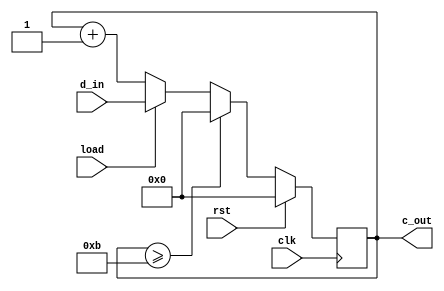
`timescale 1ns / 1ps
//////////////////////////////////////////////////////////////////////////////////
// Company: 
// Engineer: 
// 
// Design Name: 
// Module Name: mod_12
// Project Name: 
// Target Devices: 
// Tool Versions: 
// Description: 
// 
// Dependencies: 
// 
// Revision:
// Revision 0.01 - File Created
// Additional Comments:
// 
//////////////////////////////////////////////////////////////////////////////////


module mod_12(
    input [3:0] d_in,
    input clk,rst,load,
    output reg [3:0] c_out
    );
    
    always@(posedge clk)
     begin
      if(rst)
        c_out<=0;
      else if(c_out>=11)
        c_out<=0;
      else if(load)
      begin
        c_out<=d_in;
      
        end
        else
         c_out<=c_out+1;
     end
     
endmodule